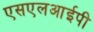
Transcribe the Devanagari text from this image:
एसएलआईपी